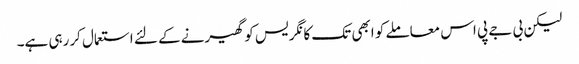
لیکن بی جے پی اس معاملے کو ابھی تک کانگریس کو گھیرنے کے لئے استعمال کررہی ہے۔